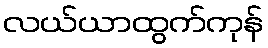
လယ်ယာထွက်ကုန်